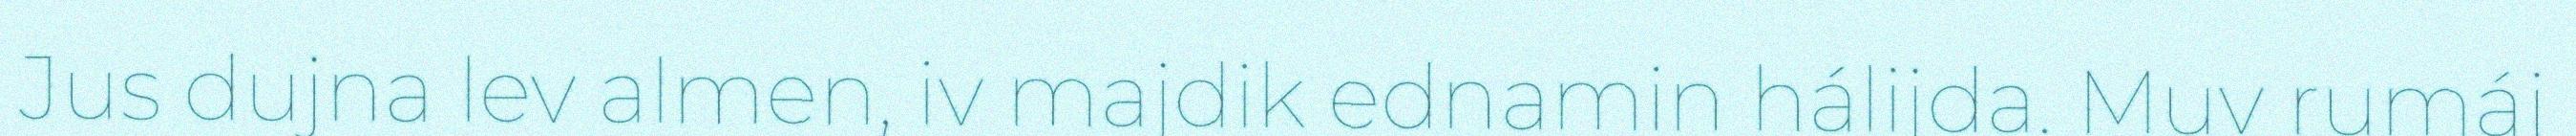
Jus dujna lev almen, iv majdik ednamin hálijda. Muv rumáj